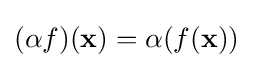
{\textstyle (\alpha f)(\mathbf {x} )=\alpha (f(\mathbf {x} ))}